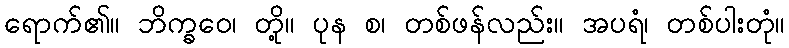
ရောက်၏။ ဘိက္ခဝေ၊ တို့။ ပုန စ၊ တစ်ဖန်လည်း။ အပရံ၊ တစ်ပါးတုံ။